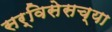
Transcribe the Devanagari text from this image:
सर्विसेसच्या